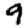
Digit: 9